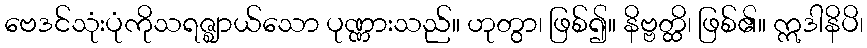
ဗေဒင်သုံးပုံကိုသရဇ္ဈာယ်သော ပုဏ္ဏားသည်။ ဟုတွာ၊ ဖြစ်၍။ နိဗ္ဗတ္ထိ၊ ဖြစ်၏။ ဣဒါနိပိ၊